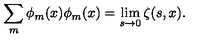
\sum _ { m } \phi _ { m } ( x ) \phi _ { m } ( x ) = \lim _ { s \rightarrow 0 } \zeta ( s , x ) .